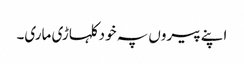
اپنے پیروں پہ خود کلہاڑی ماری۔